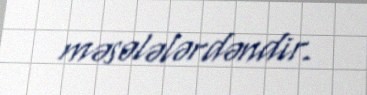
məsələlərdəndir.